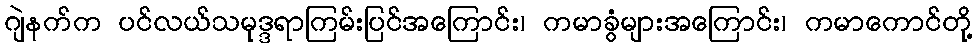
ဂျဲနက်က ပင်လယ်သမုဒ္ဒရာကြမ်းပြင်အကြောင်း၊ ကမာခွံများအကြောင်း၊ ကမာကောင်တို့